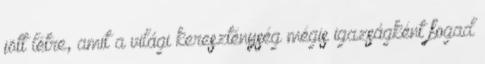
jött létre, amit a világi kereszténység mégis igazságként fogad